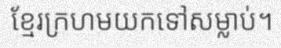
ខ្មែរក្រហមយកទៅសម្លាប់។